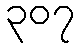
၃၀၇